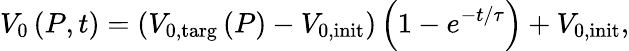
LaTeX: V_{\mathrm{0}}\left(P,t\right)=\left(V_{\mathrm{0,targ}}\left(P\right)-V_{\mathrm{0,init}}\right)\left(1-e^{-t/\tau}\right)+V_{\mathrm{0,init}},